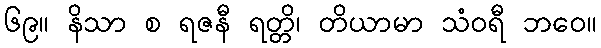
၆၉။ နိသာ စ ရဇနီ ရတ္တိ၊ တိယာမာ သံဝရီ ဘဝေ။